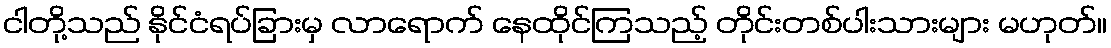
ငါတို့သည် နိုင်ငံရပ်ခြားမှ လာရောက် နေထိုင်ကြသည့် တိုင်းတစ်ပါးသားများ မဟုတ်။